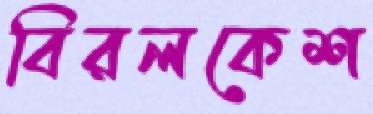
বিরলকেশ